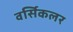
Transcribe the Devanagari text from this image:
वर्सिकलर